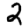
Digit: 2